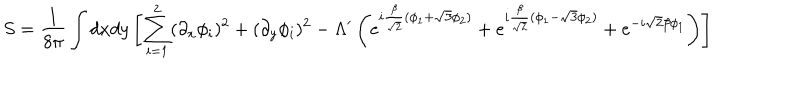
LaTeX: S = { \frac { 1 } { 8 \pi } } \int d x d y \left[ \sum _ { i = 1 } ^ { 2 } ( \partial _ { x } \phi _ { i } ) ^ { 2 } + ( \partial _ { y } \phi _ { i } ) ^ { 2 } - \Lambda ^ { \prime } \left( e ^ { i { \frac { \beta } { \sqrt { 2 } } } ( \phi _ { 1 } + \sqrt { 3 } \phi _ { 2 } ) } + e ^ { i { \frac { \beta } { \sqrt { 2 } } } ( \phi _ { 1 } - \sqrt { 3 } \phi _ { 2 } ) } + e ^ { - i \sqrt { 2 } \beta \phi _ { 1 } } \right) \right]